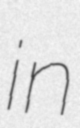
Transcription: in